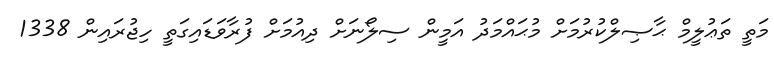
މަތީ ތަޢުލީމް ޙާޞިލްކުރުމަށް މުޙައްމަދު އަމީން ސިލޯނަށް ދިއުމަށް ފުރާވަޑައިގަތީ ހިޖުރައިން 1338